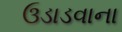
ઉડાડવાના